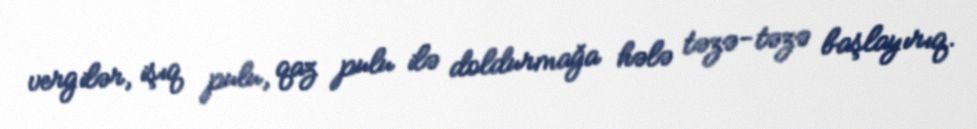
vergilər, işıq pulu, qaz pulu ilə doldurmağa hələ təzə-təzə başlayırıq.